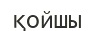
қойшы